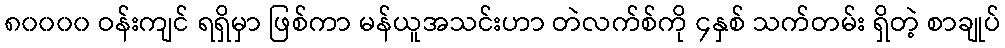
၈၀၀၀၀ ဝန်းကျင် ရရှိမှာ ဖြစ်ကာ မန်ယူအသင်းဟာ တဲလက်စ်ကို ၄နှစ် သက်တမ်း ရှိတဲ့ စာချုပ်